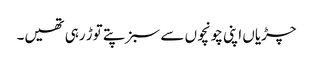
چڑیاں اپنی چونچوں سے سبز پتے توڑ رہی تھیں۔